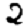
Digit: 2